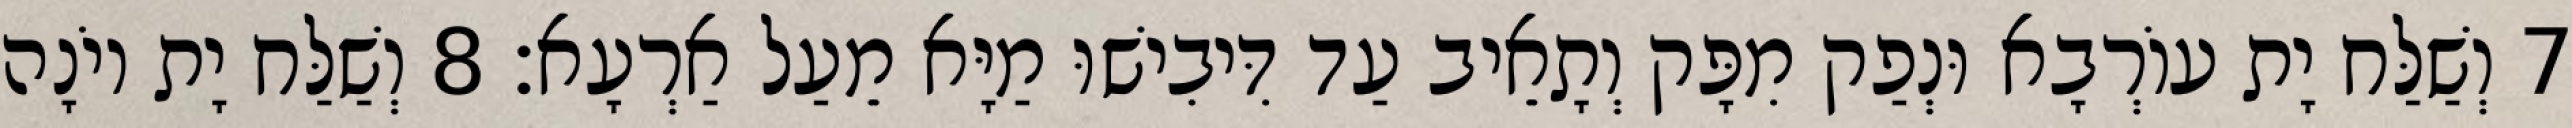
7 וְשַׁלַּח יָת עוֹרְבָא וּנְפַק מִפָּק וְתָאֵיב עַד דִּיבִישׁוּ מַיָּא מֵעַל אַרְעָא׃ 8 וְשַׁלַּח יָת יוֹנָה